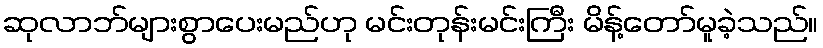
ဆုလာဘ်များစွာပေးမည်ဟု မင်းတုန်းမင်းကြီး မိန့်တော်မူခဲ့သည်။